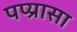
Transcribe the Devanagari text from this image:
पप्य्रासा